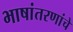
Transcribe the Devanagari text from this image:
भाषांतरणांचे